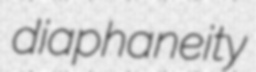
diaphaneity